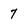
Character: 7